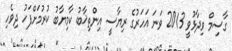
ގާސިމް ވިދާޅުވީ 2013 ވަނަ އަހަރުގެ ރިޔާސީ އިންތިޚާބު ކާމިޔާބު ކުރުމަށްފަހު ދިވެހި